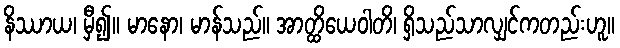
နိဿာယ၊ မှီ၍။ မာနော၊ မာန်သည်။ အာတ္ထိယေဝါတိ၊ ရှိသည်သာလျှင်ကတည်းဟူ။